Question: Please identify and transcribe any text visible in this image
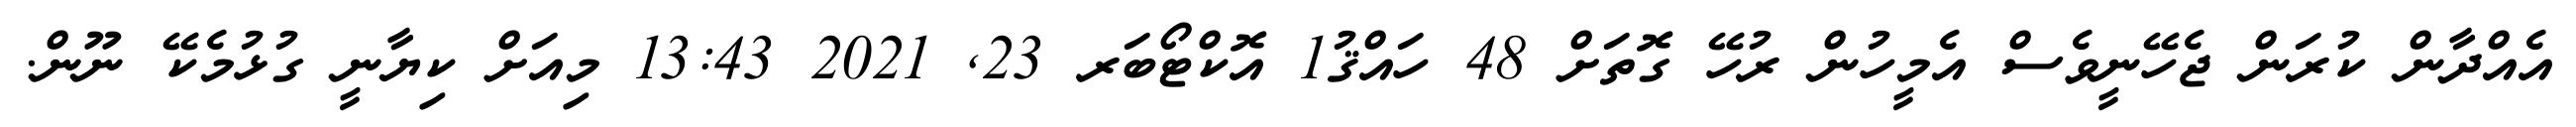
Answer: އެއްދާން ކުރަން ޖެހޭނީވެސް އެމީހުން ރުހޭ ގޮތަށް 48 ހައްޤު1 އޮކްޓޯބަރ 23, 2021 13:43 މިއަށް ކިޔާނީ ގުޅުމެކޭ ނޫން.